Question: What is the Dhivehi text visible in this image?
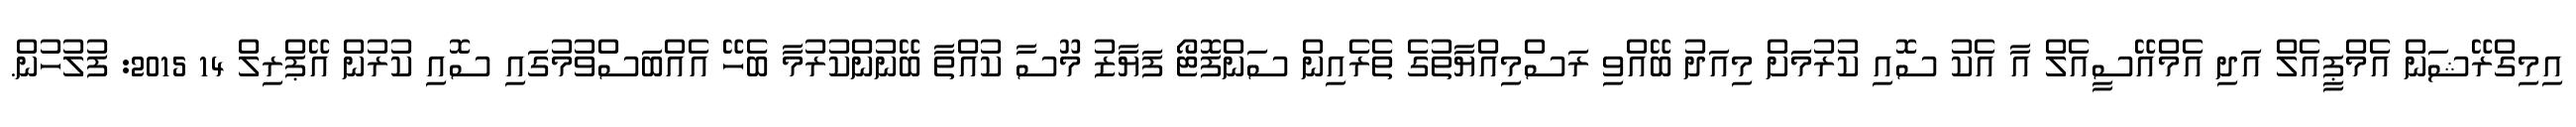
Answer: އިމިގްރޭޝަން އެމްޕީއެލް އަދި އެމްއޭސީއެލް އާ އެކު ސޮއި ކުރުމަށް މިއަދު ބޭއްވި ރަސްމިއްޔާތުގެ ތެރެއިން ސަންފޮޓޯ ފަޔާޒު މޫސާ ކުއްތާ ބޭނުންކުރުމާ ބެހޭ އެއްބަސްވުމުގައި ސޮއި ކުރުން އޭޕްރިލް 14 2015: ފުލުހުން.